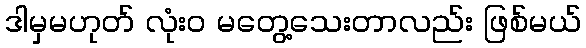
ဒါမှမဟုတ် လုံးဝ မတွေ့သေးတာလည်း ဖြစ်မယ်